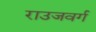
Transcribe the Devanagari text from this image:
राउजवर्ग